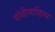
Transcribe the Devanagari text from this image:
गांधीसाहित्य